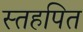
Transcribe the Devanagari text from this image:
स्तहपित